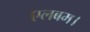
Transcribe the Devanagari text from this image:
एलबम।